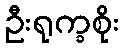
ဦးရုက္ခစိုး